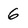
Character: 6